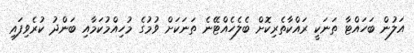
އަލުން ބަހައްޓާ ތަނަކީ ރައްކާތެރިކޮށް ބެލެހެއްޓޭނެ ތަނަކަށް ވުމުގެ މުހިއްމުކަމާއި ބަންދު ކުރެވިފައި